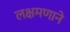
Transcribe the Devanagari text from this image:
लक्षमणाने